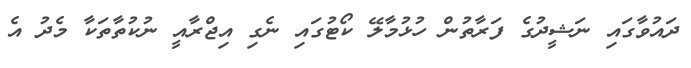
ދައުވާގައި ނަޝީދުގެ ފަރާތުން ހުޅުމާލޭ ކޯޓުގައި ނެގި އިޖްރާއީ ނުކުތާތަކާ މެދު އެ